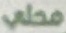
محلي